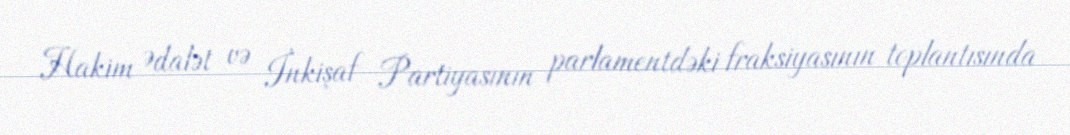
Hakim Ədalət və İnkişaf Partiyasının parlamentdəki fraksiyasının toplantısında